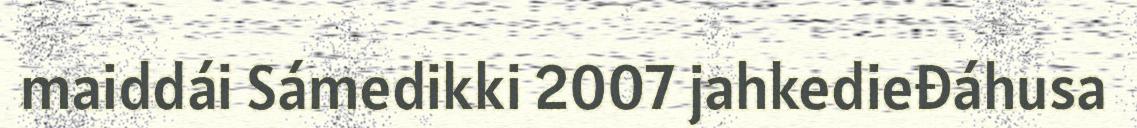
maiddái Sámedikki 2007 jahkedieđáhusa